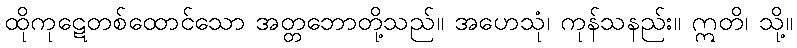
ထိုကုဋေတစ်ထောင်သော အတ္တဘောတို့သည်။ အဟေသုံ၊ ကုန်သနည်း။ ဣတိ၊ သို့။